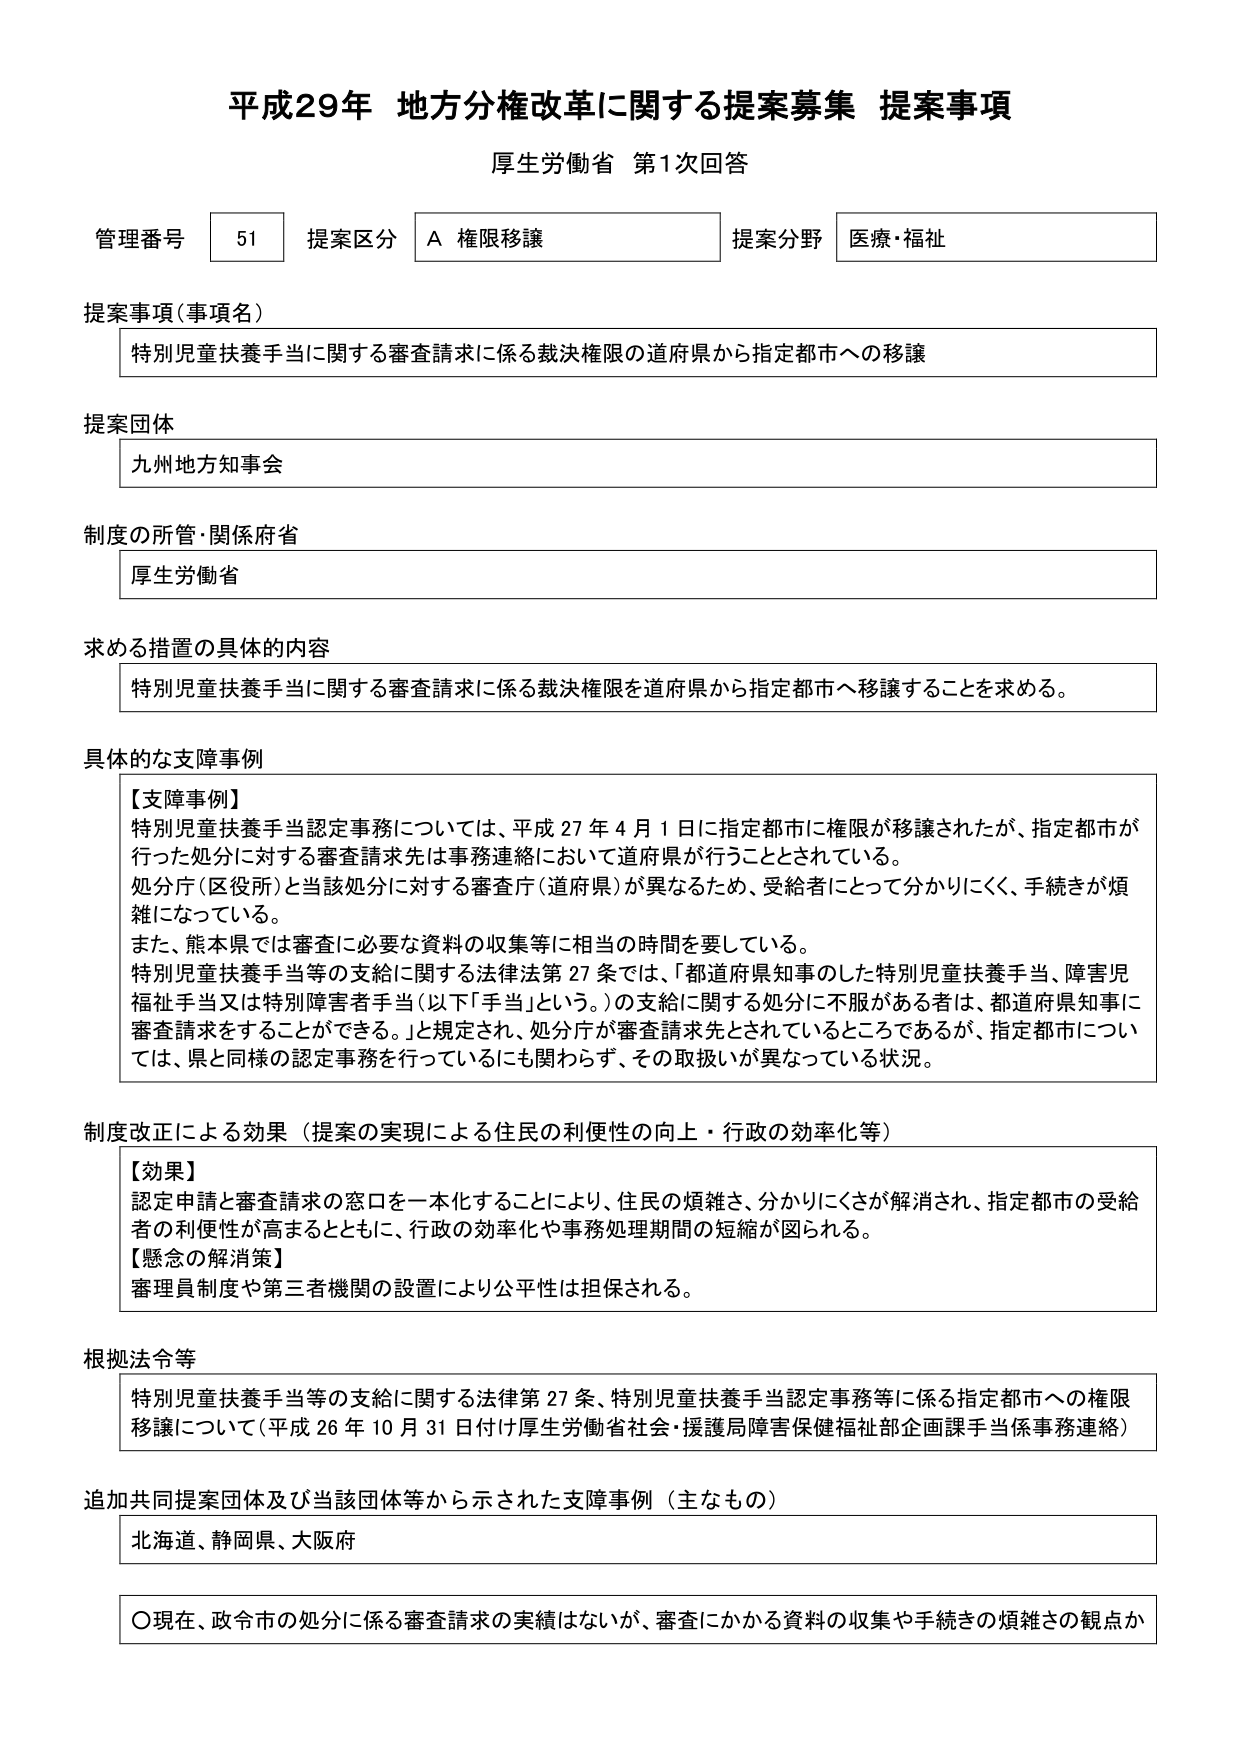
平成29年 地方分権改革に関する提案募集 提案事項
厚生労働省 第1次回答

管理番号 51 提案区分 A 権限移譲 提案分野 医療・福祉

提案事項（事項名）
特別児童扶養手当に関する審査請求に係る裁決権限の道府県から指定都市への移譲

提案団体
九州地方知事会

制度の所管・関係府省
厚生労働省

求める措置の具体的内容
特別児童扶養手当に関する審査請求に係る裁決権限を道府県から指定都市へ移譲することを求める。

具体的な支障事例
【支障事例】
特別児童扶養手当認定事務については、平成27年4月1日に指定都市に権限が移譲されたが、指定都市が行った処分に対する審査請求先は事務連絡において道府県が行うこととされている。
処分庁（区役所）と当該処分に対する審査庁（道府県）が異なるため、受給者にとって分かりにくく、手続きが煩雑になっている。
また、熊本県では審査に必要な資料の収集等に相当の時間を要している。
特別児童扶養手当等の支給に関する法律法第27条では、「都道府県知事のした特別児童扶養手当、障害児福祉手当又は特別障害者手当（以下「手当」という。）の支給に関する処分に不服がある者は、都道府県知事に審査請求をすることができる。」と規定され、処分庁が審査請求先とされているところであるが、指定都市については、県と同様の認定事務を行っているにも関わらず、その取扱いが異なっている状況。

制度改正による効果（提案の実現による住民の利便性の向上・行政の効率化等）
【効果】
認定申請と審査請求の窓口を一本化することにより、住民の煩雑さ、分かりにくさが解消され、指定都市の受給者の利便性が高まるとともに、行政の効率化や事務処理期間の短縮が図られる。
【懸念の解消策】
審理員制度や第三者機関の設置により公平性は担保される。

根拠法令等
特別児童扶養手当等の支給に関する法律第27条、特別児童扶養手当認定事務等に係る指定都市への権限移譲について（平成26年10月31日付け厚生労働省社会・援護局障害保健福祉部企画課手当係事務連絡）

追加共同提案団体及び当該団体等から示された支障事例（主なもの）
北海道、静岡県、大阪府

〇現在、政令市の処分に係る審査請求の実績はないが、審査にかかる資料の収集や手続きの煩雑さの観点か